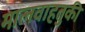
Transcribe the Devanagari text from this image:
मालवाहतुकी